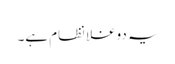
یہ دوغلا نظام ہے۔